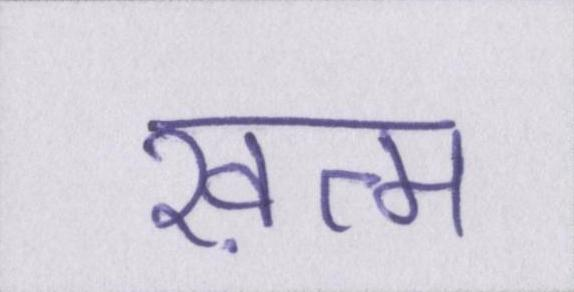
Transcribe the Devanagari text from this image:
ख़त्म